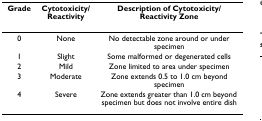
<table><thead><tr><td><b>Grade</b></td><td><b>Cytotoxicity/Reactivity</b></td><td><b>Description of Cytotoxicity/Reactivity Zone</b></td></tr></thead><tbody><tr><td>0</td><td>None</td><td>No detectable zone around or under specimen</td></tr><tr><td>1</td><td>Slight</td><td>Some malformed or degenerated cells</td></tr><tr><td>2</td><td>Mild</td><td>Zone limited to area under specimen</td></tr><tr><td>3</td><td>Moderate</td><td>Zone extends 0.5 to 1.0 cm beyond specimen</td></tr><tr><td>4</td><td>Severe</td><td>Zone extends greater than 1.0 cm beyond specimen but does not involve entire dish</td></tr></tbody></table>